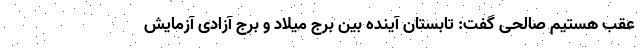
عقب هستیم صالحی گفت: تابستان آینده بین برج میلاد و برج آزادی آزمایش